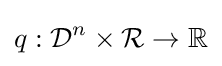
q:{\mathcal {D}}^{n}\times {\mathcal {R}}\rightarrow \mathbb {R} \,\!